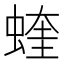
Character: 蝰